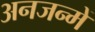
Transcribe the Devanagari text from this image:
अनजन्में